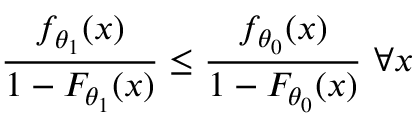
{ \frac { f _ { \theta _ { 1 } } ( x ) } { 1 - F _ { \theta _ { 1 } } ( x ) } } \leq { \frac { f _ { \theta _ { 0 } } ( x ) } { 1 - F _ { \theta _ { 0 } } ( x ) } } \ \forall x